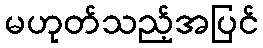
မဟုတ်သည့်အပြင်